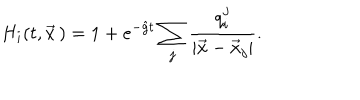
LaTeX: H _ { i } ( t , \vec { x } \, ) = 1 + e ^ { - \hat { g } t } \sum _ { j } { \frac { q _ { i } ^ { j } } { | \vec { x } - \vec { x } _ { j } | } } .